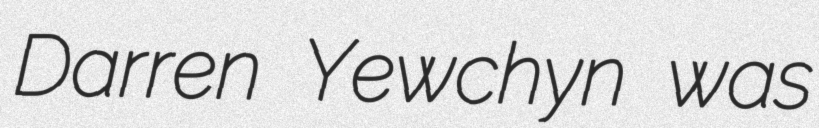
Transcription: Darren Yewchyn was